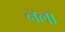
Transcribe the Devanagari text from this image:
नला